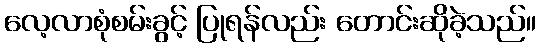
လေ့လာစုံစမ်းခွင့် ပြုရန်လည်း တောင်းဆိုခဲ့သည်။